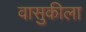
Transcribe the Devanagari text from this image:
वासुकीला